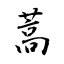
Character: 蒿